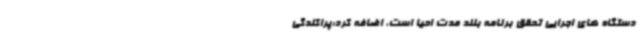
دستگاه های اجرایی تحقق برنامه بلند مدت احیا است، اضافه کرد:پراکندگی